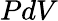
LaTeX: PdV